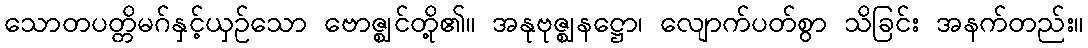
သောတပတ္တိမဂ်နှင့်ယှဉ်သော ဗောဇ္ဈင်တို့၏။ အနုဗုဇ္ဈနဋ္ဌော၊ လျောက်ပတ်စွာ သိခြင်း အနက်တည်း။